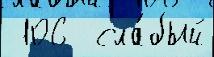
 106  сла́бый